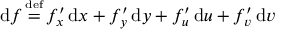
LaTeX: \operatorname { d } \! f \, { \overset { \underset { \mathrm { d e f } } { } } { = } } \, f _ { x } ^ { \prime } \operatorname { d } \! x + f _ { y } ^ { \prime } \operatorname { d } \! y + f _ { u } ^ { \prime } \operatorname { d } \! u + f _ { v } ^ { \prime } \operatorname { d } \! v